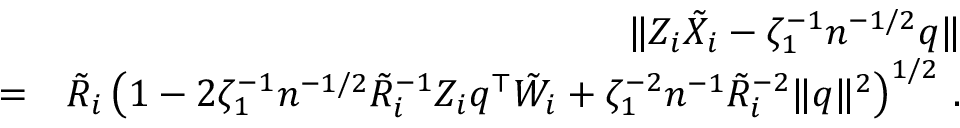
\begin{array} { r l r } & { } & { \| Z _ { i } { \tilde { X } } _ { i } - \zeta _ { 1 } ^ { - 1 } n ^ { - 1 / 2 } { q } \| } \\ & { = } & { \tilde { R } _ { i } \left( 1 - 2 \zeta _ { 1 } ^ { - 1 } n ^ { - 1 / 2 } \tilde { R } _ { i } ^ { - 1 } Z _ { i } { q } ^ { \top } { \tilde { W } } _ { i } + \zeta _ { 1 } ^ { - 2 } n ^ { - 1 } \tilde { R } _ { i } ^ { - 2 } \| { q } \| ^ { 2 } \right) ^ { 1 / 2 } \, . } \end{array}